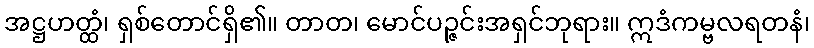
အဋ္ဌဟတ္ထံ၊ ရှစ်တောင်ရှိ၏။ တာတ၊ မောင်ပဉ္ဇင်းအရှင်ဘုရား။ ဣဒံကမ္ဗလရတနံ၊